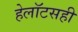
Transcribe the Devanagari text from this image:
हेलॉटसही